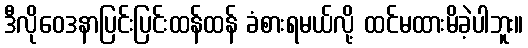
ဒီလိုဝေဒနာပြင်းပြင်းထန်ထန် ခံစားရမယ်လို့ ထင်မထားမိခဲ့ပါဘူး။